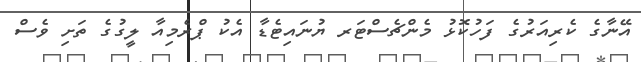
އޭނާގެ ކެރިއަރުގެ ފަހުކޮޅު މެންޗެސްޓަރ ޔުނައިޓެޑާ އެކު ޕްރެމިއާ ލީގުގެ ތަށި ވެސް